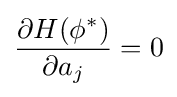
{\frac {\partial H(\phi ^{*})}{\partial a_{j}}}=0